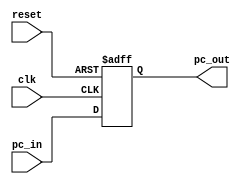
`timescale 1ns / 1ps

/*
Group No. : 14
Members : 
	Arijit Kar (16CS30005)
	Manad Mishra (16CS30019)
*/

module program_counter(pc_in, pc_out, clk, reset);
	input wire[31:0] pc_in;
	output reg[31:0] pc_out;
	input clk, reset;

	always@(posedge reset or posedge clk)
	begin
		if(reset)
			pc_out <= 32'b0;
		else
			pc_out <= pc_in;
	end
endmodule